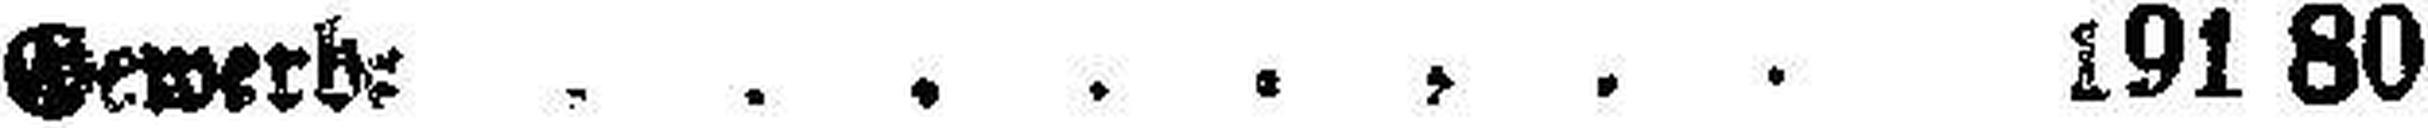
Gewerbe 191 80